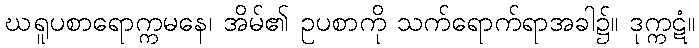
ဃရူပစာရောက္ကမနေ၊ အိမ်၏ ဥပစာကို သက်ရောက်ရာအခါ၌။ ဒုက္ကဋံ။